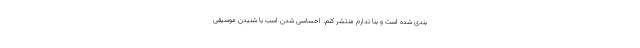
بندی شده است و بنا ندارم منتشر کنم. احساسی شدن اسب با شنیدن موسیقی